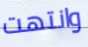
وانتهت